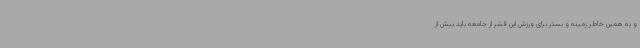
و به همین خاطر زمینه و بستر برای ورزش این قشر از جامعه باید بیش از